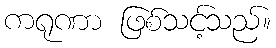
ကရုဏာ ဖြစ်သင့်သည်။